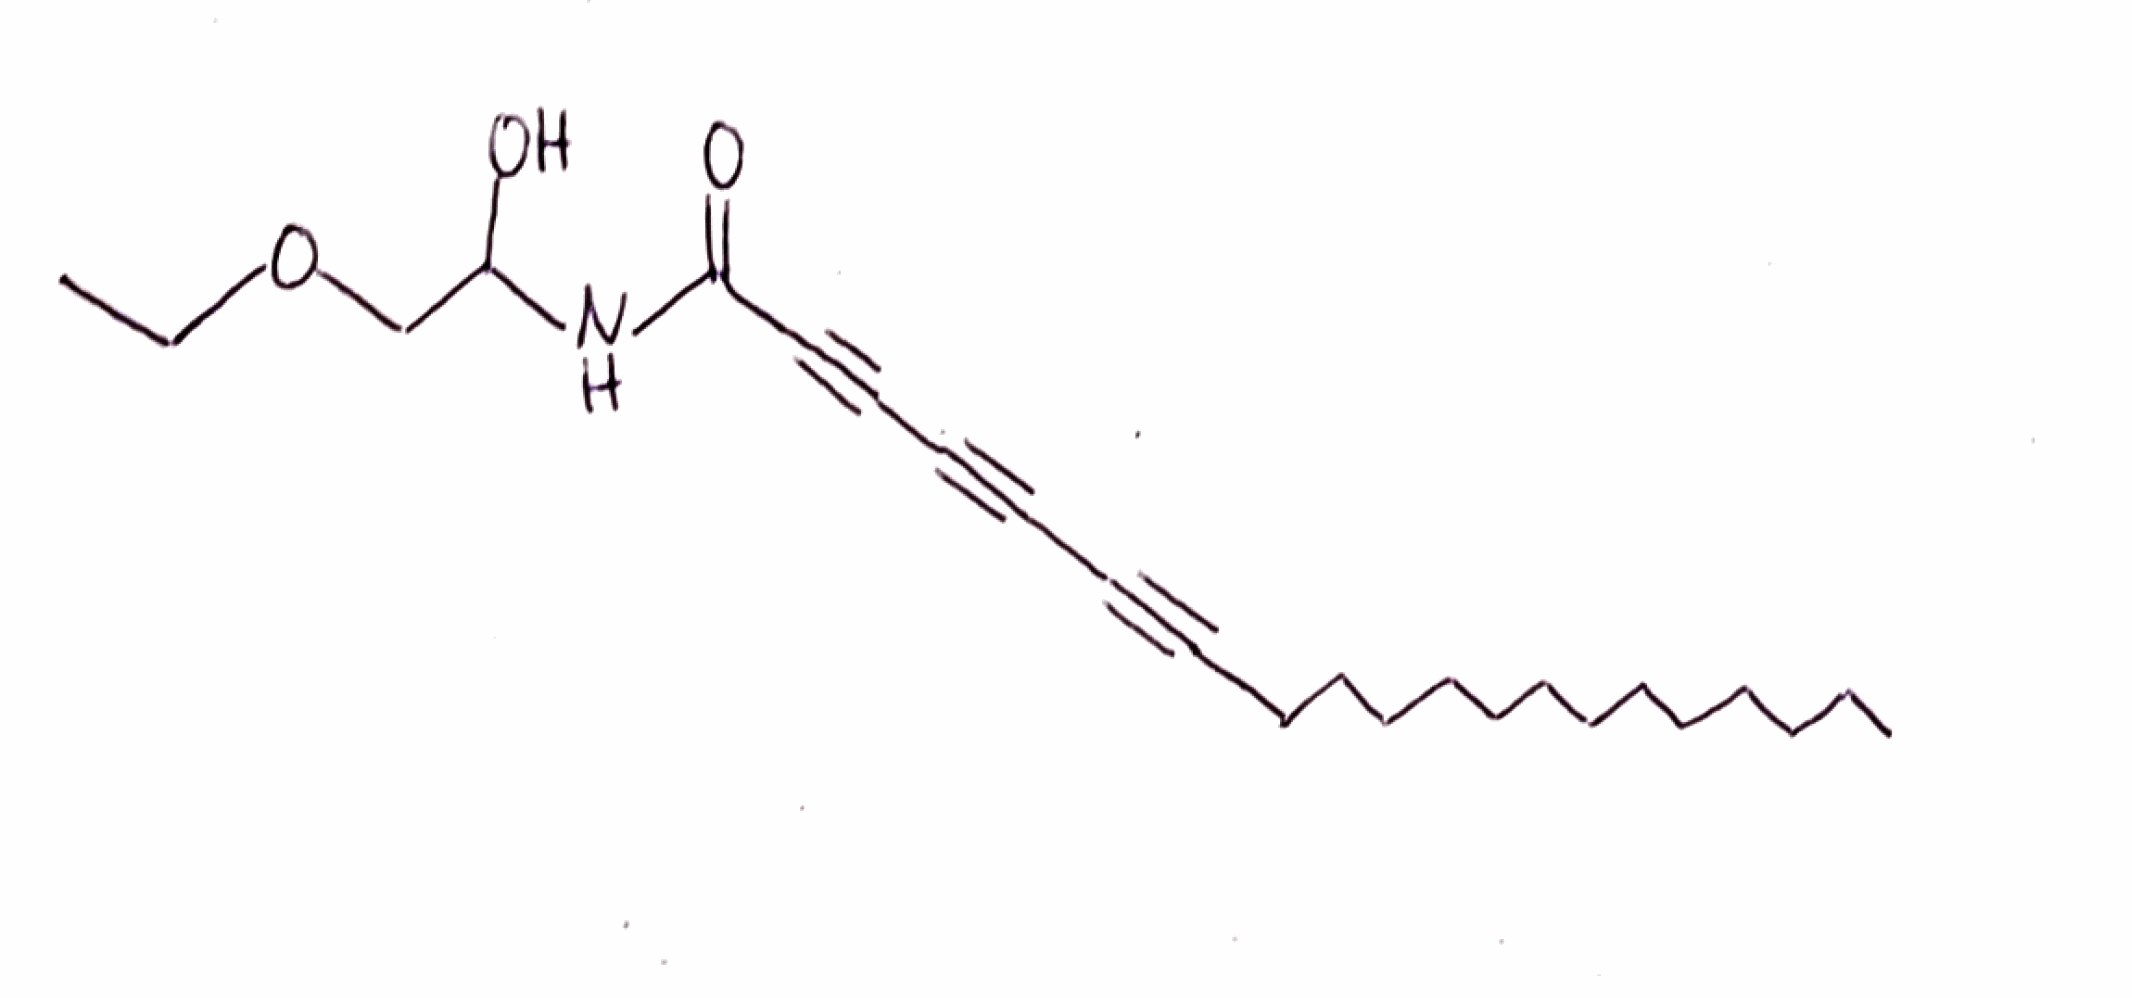
Simplified molecular-input line-entry system (SMILES) notation of the given molecule:
CCCCCCCCCCCCCC#CC#CC#CC(=O)NC(COCC)O